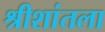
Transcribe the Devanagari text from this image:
श्रीशांतला